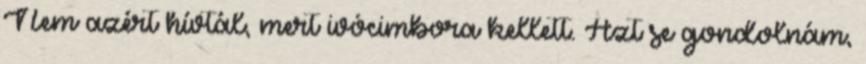
Nem azért hívtál, mert ivócimbora kellett. Azt se gondolnám,